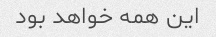
این همه خواهد بود